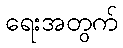
ရေးအတွက်